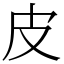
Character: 皮